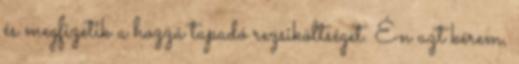
és megfizetik a hozzá tapadó rezsiköltséget. Én azt kérem,